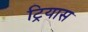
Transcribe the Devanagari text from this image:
ट्रियास